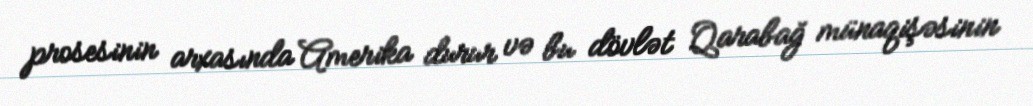
prosesinin arxasında Amerika durur və bu dövlət Qarabağ münaqişəsinin